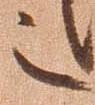
之